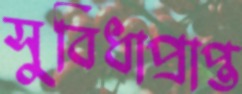
সুবিধাপ্রাপ্ত